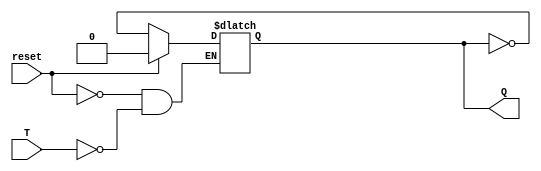
module async_t_ff (input T, input reset, output reg Q);

always @ (T, reset)
begin
    if (reset == 1)
        Q <= 0;
    else if (T == 1)
        Q <= ~Q;
end

endmodule